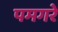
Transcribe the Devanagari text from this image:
पमगरे